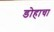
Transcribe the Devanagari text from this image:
डोहाचा